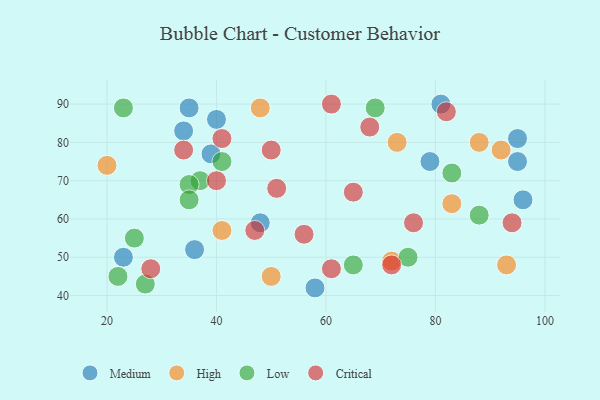
{"axis": {"x": "GDP", "y": "Life Expectancy"}, "legend": ["Critical", "High", "Low", "Medium"], "data": [{"x": "81", "y": 90, "type": "Medium"}, {"x": "79", "y": 75, "type": "Medium"}, {"x": "36", "y": 52, "type": "Medium"}, {"x": "95", "y": 75, "type": "Medium"}, {"x": "96", "y": 65, "type": "Medium"}, {"x": "95", "y": 81, "type": "Medium"}, {"x": "39", "y": 77, "type": "Medium"}, {"x": "23", "y": 50, "type": "Medium"}, {"x": "48", "y": 59, "type": "Medium"}, {"x": "35", "y": 89, "type": "Medium"}, {"x": "40", "y": 86, "type": "Medium"}, {"x": "58", "y": 42, "type": "Medium"}, {"x": "34", "y": 83, "type": "Medium"}, {"x": "41", "y": 57, "type": "High"}, {"x": "20", "y": 74, "type": "High"}, {"x": "93", "y": 48, "type": "High"}, {"x": "73", "y": 80, "type": "High"}, {"x": "88", "y": 80, "type": "High"}, {"x": "72", "y": 49, "type": "High"}, {"x": "83", "y": 64, "type": "High"}, {"x": "48", "y": 89, "type": "High"}, {"x": "50", "y": 45, "type": "High"}, {"x": "92", "y": 78, "type": "High"}, {"x": "37", "y": 70, "type": "Low"}, {"x": "65", "y": 48, "type": "Low"}, {"x": "35", "y": 69, "type": "Low"}, {"x": "69", "y": 89, "type": "Low"}, {"x": "22", "y": 45, "type": "Low"}, {"x": "88", "y": 61, "type": "Low"}, {"x": "83", "y": 72, "type": "Low"}, {"x": "27", "y": 43, "type": "Low"}, {"x": "23", "y": 89, "type": "Low"}, {"x": "41", "y": 75, "type": "Low"}, {"x": "25", "y": 55, "type": "Low"}, {"x": "75", "y": 50, "type": "Low"}, {"x": "35", "y": 65, "type": "Low"}, {"x": "51", "y": 68, "type": "Critical"}, {"x": "50", "y": 78, "type": "Critical"}, {"x": "76", "y": 59, "type": "Critical"}, {"x": "94", "y": 59, "type": "Critical"}, {"x": "56", "y": 56, "type": "Critical"}, {"x": "28", "y": 47, "type": "Critical"}, {"x": "72", "y": 48, "type": "Critical"}, {"x": "40", "y": 70, "type": "Critical"}, {"x": "41", "y": 81, "type": "Critical"}, {"x": "47", "y": 57, "type": "Critical"}, {"x": "34", "y": 78, "type": "Critical"}, {"x": "82", "y": 88, "type": "Critical"}, {"x": "65", "y": 67, "type": "Critical"}, {"x": "61", "y": 47, "type": "Critical"}, {"x": "61", "y": 90, "type": "Critical"}, {"x": "68", "y": 84, "type": "Critical"}]}